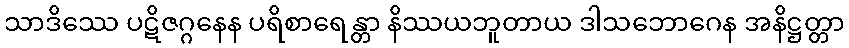
သာဒိဿေ ပဋိဇဂ္ဂနေန ပရိစာရေန္တာ နိဿယဘူတာယ ဒါသဘောဂေန အနိဋ္ဌတ္တာ